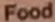
Food